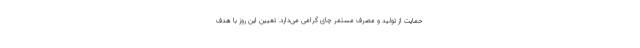
حمایت از تولید و مصرف مستمر چای گرامی می‌دارد. تعیین این روز با هدف